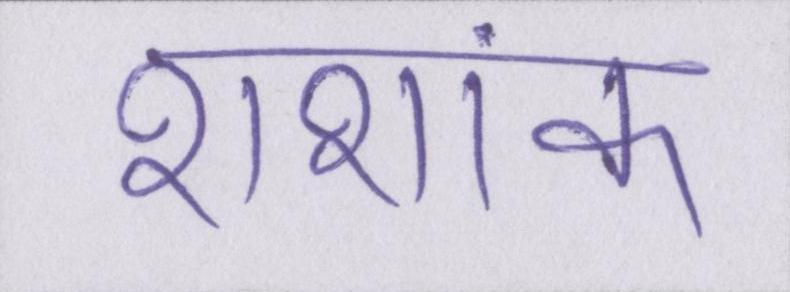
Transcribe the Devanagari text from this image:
शशांक